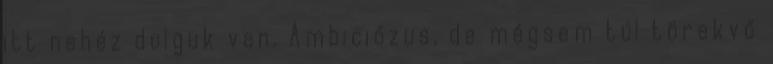
itt nehéz dolguk van. Ambiciózus, de mégsem túl törekvő